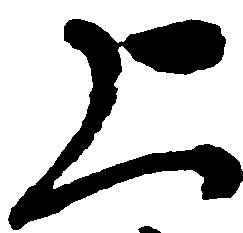
上